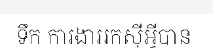
ទឹក ការងាររកស៊ីអ្វីបាន